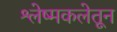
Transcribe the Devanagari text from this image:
श्लेष्मकलेतून